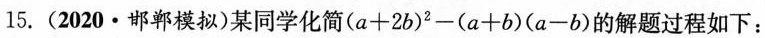
15. (2020 · 邯郸模拟)某同学化简$$( a + 2 b ) ^ { 2 } - ( a + b ) ( a - b )$$的解题过程如下：